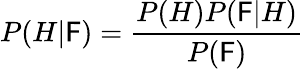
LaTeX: P(H|\mathsf{F})={\frac{{P(H)P(\mathsf{F}|H)}}{{P(\mathsf{F})}}}